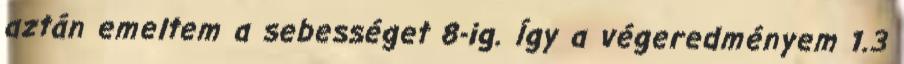
aztán emeltem a sebességet 8-ig. Így a végeredményem 1.3